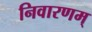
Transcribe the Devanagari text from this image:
निवारणम्